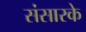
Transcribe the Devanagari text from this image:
संसारके